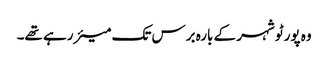
وہ پورٹو شہر کے بارہ برس تک میئر رہے تھے۔